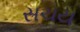
સચય